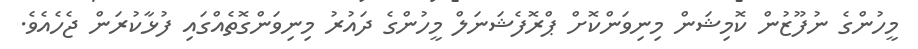
މީހުންގެ ނުފޫޒުން ކޮމިޝަން މިނިވަންކޮށް ޕްރޮފެޝަނަލް މީހުންގެ ދައުރު މިނިވަންގޮތެއްގައި ފުޅާކުރަން ޖެހެއެވެ.